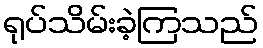
ရုပ်သိမ်းခဲ့ကြသည်